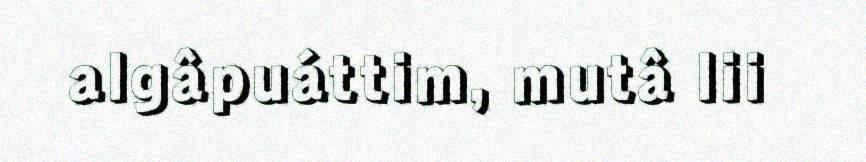
algâpuáttim, mutâ lii